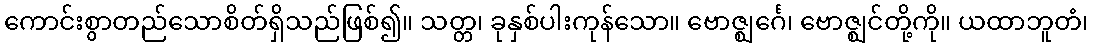
ကောင်းစွာတည်သောစိတ်ရှိသည်ဖြစ်၍။ သတ္တ၊ ခုနှစ်ပါးကုန်သော။ ဗောဇ္ဈင်္ဂေ၊ ဗောဇ္ဈင်တို့ကို။ ယထာဘူတံ၊